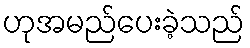
ဟုအမည်ပေးခဲ့သည်